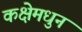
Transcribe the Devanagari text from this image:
कक्षेमधुन